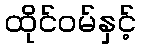
ထိုင်ဝမ်နှင့်